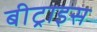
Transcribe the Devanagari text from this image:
बीट्राइस